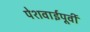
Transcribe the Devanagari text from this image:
पेशवाईपूर्वी